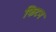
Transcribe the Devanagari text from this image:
फिटन